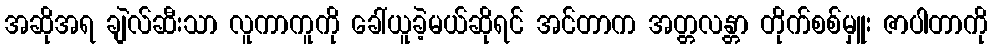
အဆိုအရ ချဲလ်ဆီးသာ လူကာကူကို ခေါ်ယူခဲ့မယ်ဆိုရင် အင်တာက အတ္တလန္တာ တိုက်စစ်မှူး ဇာပါတာကို